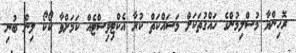
ރޮހިންޔާ މުސްލިމުންގެ ހައްގުތަކަށް މަސައްކަތް ކުރާ އެކްޓިވިސްޓެއް ކަމަށްވާ ކޯކޯ ލިން ބުނި